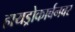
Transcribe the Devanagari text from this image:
हायड्रोकार्बनवर